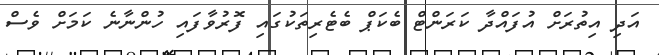
އަދި އިތުރަށް އުފައްދާ ކަރަންޓް ބެކަޕް ބެޓެރިތަކުގައި ފޮރުވާފައި ހުންނާނެ ކަމަށް ވެސް